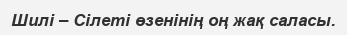
Шилі – Сілеті өзенінің оң жақ саласы.